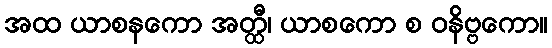
အထ ယာစနကော အတ္ထီ၊ ယာစကော စ ဝနိဗ္ဗကော။